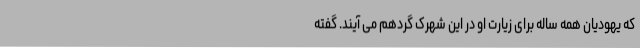
که یهودیان همه ساله برای زیارت او در این شهرک گردهم می آیند. گفته